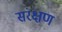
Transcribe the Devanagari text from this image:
संरक्षण